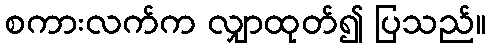
စကားလက်က လျှာထုတ်၍ ပြသည်။